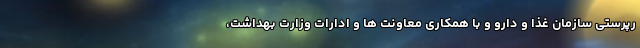
رپرستی سازمان غذا و دارو و با همکاری معاونت ها و ادارات وزارت بهداشت،